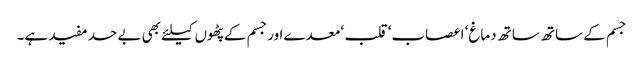
جسم کے ساتھ ساتھ دماغ‘ اعصاب‘ قلب ‘معدے اورجسم کے پٹھوں کیلئے بھی بے حد مفید ہے۔